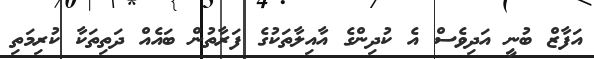
އަފާޒް ބުނީ އަދިވެސް އެ ކުދިންގެ އާއިލާތަކުގެ ފަރާތުން ބައެއް ދަތިތަކާ ކުރިމަތި